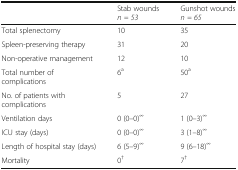
|  | Stab wounds n = 53 | Gunshot wounds n = 65 |
 | --- | --- | --- |
 | Total splenectomy | 10 | 35 |
 | Spleen-preserving therapy | 31 | 20 |
 | Non-operative management | 12 | 10 |
 | Total number of complications | 6a | 50a |
 | No. of patients with complications | 5 | 27 |
 | Ventilation days | 0 (0–0)∞ | 1 (0–3)∞ |
 | ICU stay (days) | 0 (0–0)∞ | 3 (1–8)∞ |
 | Length of hospital stay (days) | 6 (5–9)∞ | 9 (6–18)∞ |
 | Mortality | 0† | 7† |